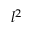
l ^ { 2 }